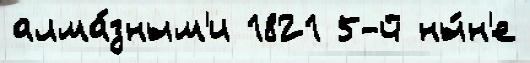
алма́зным'и 1821 5-й ны́н'е